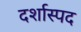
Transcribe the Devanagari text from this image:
दर्शास्पद